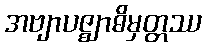
အဗျာပဇ္ဈာဓိမှတ္တဿ